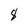
Character: 8